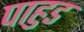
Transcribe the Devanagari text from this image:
पाहुड